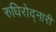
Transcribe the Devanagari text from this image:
रुधिरोद्नारी